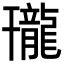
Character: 𪚒